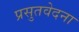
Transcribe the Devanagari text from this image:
प्रसुतवेदना